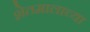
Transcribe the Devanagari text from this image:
शेतमालाच्या